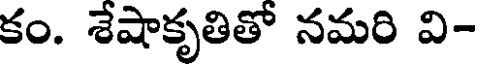
కం. శేషాకృతితో నమరి వి-